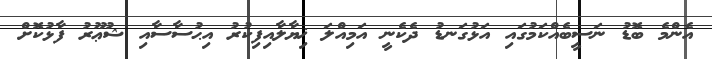
އެންމެ ބޮޑު ނަސީބެއްކަމުގައި އަޅުގަނޑު ދެކެނީ އަމިއްލަ ޚިޔާލާއިފިކުރު އިޙުސާސާއި ޝުޢޫރު ފާޅުކޮށް